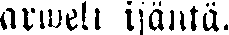
arweli isäntä